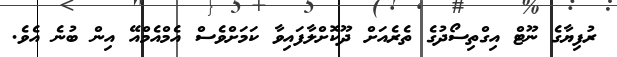
ރުފިޔާގެ ނޫޓް އިގްތިސޯދުގެ ތެރެއަަށް ދޫކޮށްލާފައިވާ ކަމަށްވެސް އެމްއެމްއޭ އިން ބުނެ އެވެ.